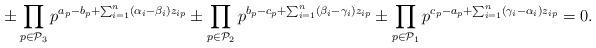
LaTeX: \begin{align*} \pm \prod_{p \in {\cal P}_3} p^{a_p-b_p+\sum_{i=1}^n (\alpha_i-\beta_i) z_{ip}} \pm \prod_{p \in {\cal P}_2} p^{b_p-c_p+\sum_{i=1}^n (\beta_i-\gamma_i) z_{ip}} \pm \prod_{p \in {\cal P}_1} p^{c_p-a_p+\sum_{i=1}^n (\gamma_i-\alpha_i) z_{ip}} = 0.\end{align*}